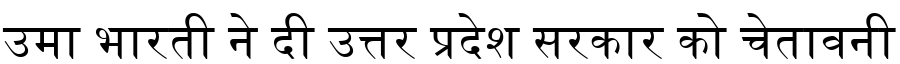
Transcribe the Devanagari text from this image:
उमा भारती ने दी उत्तर प्रदेश सरकार को चेतावनी